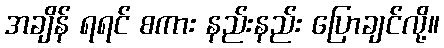
အချိန် ရရင် စကား နည်းနည်း ပြောချင်လို့။